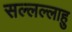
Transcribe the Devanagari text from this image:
सल्लल्लाहु